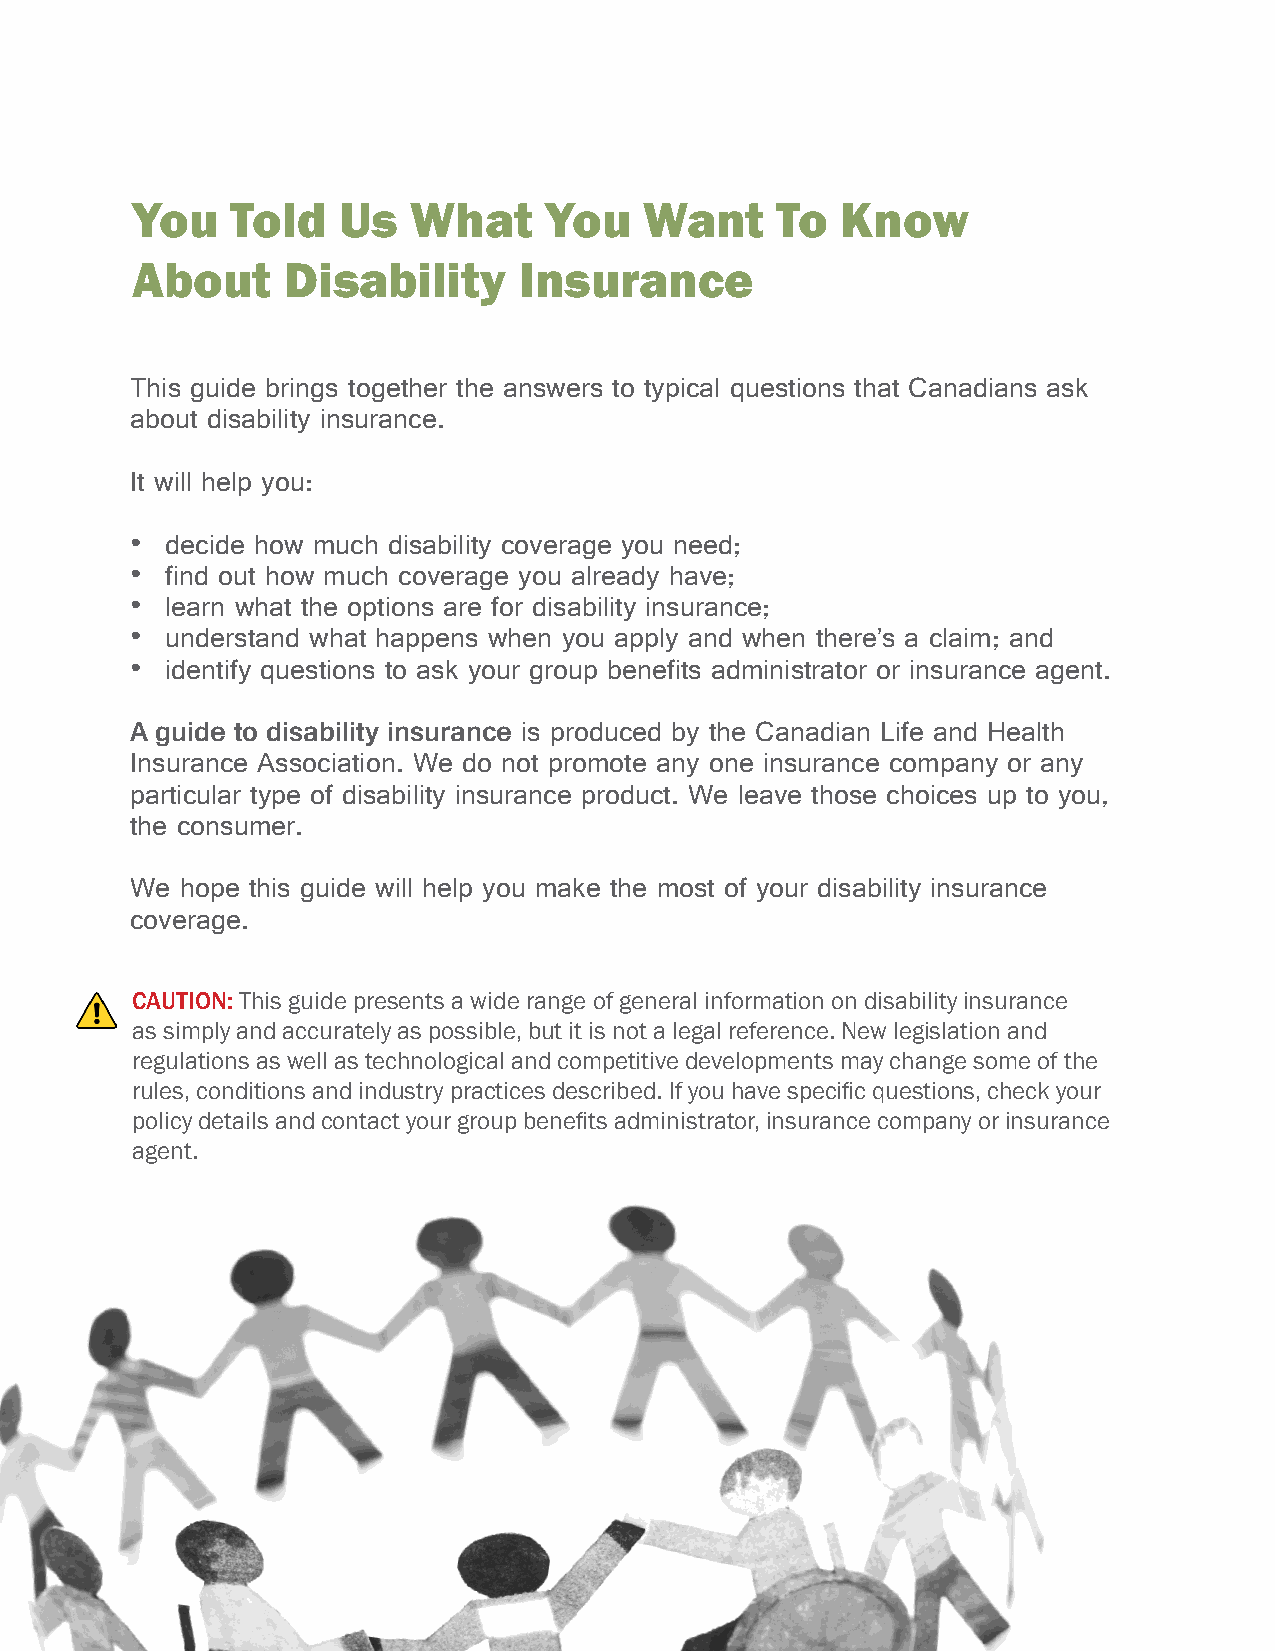
You   Told   Us   What     You    Want    To   Know
 About     Disability     Insurance
 This guide brings together the answers to typical questions that Canadians ask
 about disability insurance.
 It will help you:
 • decide how much disability coverage you need;
 • find out how much coverage you already have;
 • learn what the options are for disability insurance;
 • understand what happens when you apply and when there’s a claim; and
 • identify questions to ask your group benefits administrator or insurance agent.
 A guide to disability insurance is produced by the Canadian Life and Health
 Insurance Association. We do not promote any one insurance company or any
 particular type of disability insurance product. We leave those choices up to you,
 the consumer.
 We hope this guide will help you make the most of your disability insurance
 coverage.
 CAUTION: This guide presents a wide range of general information on disability insurance
 as simply and accurately as possible, but it is not a legal reference. New legislation and
 regulations as well as technological and competitive developments may change some of the
 rules, conditions and industry practices described. If you have specific questions, check your
 policy details and contact your group benefits administrator, insurance company or insurance
 agent.